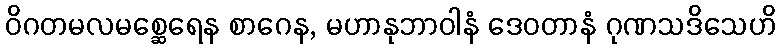
ဝိဂတမလမစ္ဆေရေန စာဂေန, မဟာနုဘာဝါနံ ဒေဝတာနံ ဂုဏသဒိသေဟိ